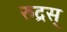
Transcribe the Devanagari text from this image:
रुद्रस्